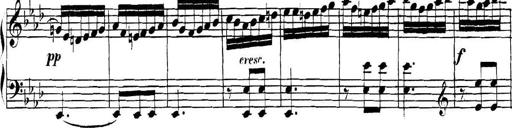
Title: Collected Piano Sonatas
Composer: Muzio Clementi